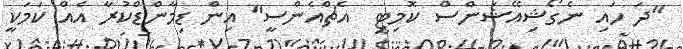
"ދަ ހައި ނެގޯޝިއޭޝަންސް ކޮމިޓީ  އެޗްއެންސީ" އިން ޑިމާންޑްކުރާ އެއް ކަމަކީ